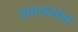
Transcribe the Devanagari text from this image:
प्रक्रमभंग